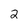
Character: 2